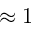
\approx 1